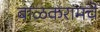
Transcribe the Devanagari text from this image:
बाळकरामचे